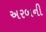
અરબની